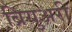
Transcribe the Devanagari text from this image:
ब्रियुअरी